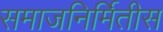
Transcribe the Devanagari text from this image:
समाजनिर्मितीस